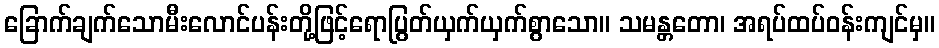
ခြောက်ချက်သောမီးလောင်ပန်းတို့ဖြင့်ရောပြွတ်ယှက်ယှက်စွာသော။ သမန္တတော၊ အရပ်ထပ်ဝန်းကျင်မှ။